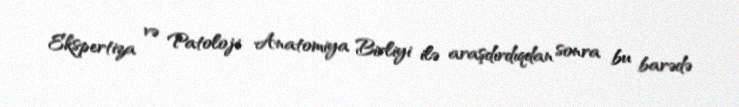
Ekspertiza və Patoloji Anatomiya Birliyi ilə araşdırdıqdan sonra bu barədə